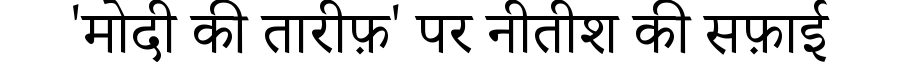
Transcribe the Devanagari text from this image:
'मोदी की तारीफ़' पर नीतीश की सफ़ाई